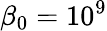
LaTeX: \beta_{0}=10^{9}